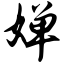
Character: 婵